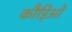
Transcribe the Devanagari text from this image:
कौड़िओं